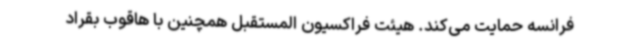
فرانسه حمایت می‌کند. هیئت فراکسیون المستقبل همچنین با هاقوب بقراد